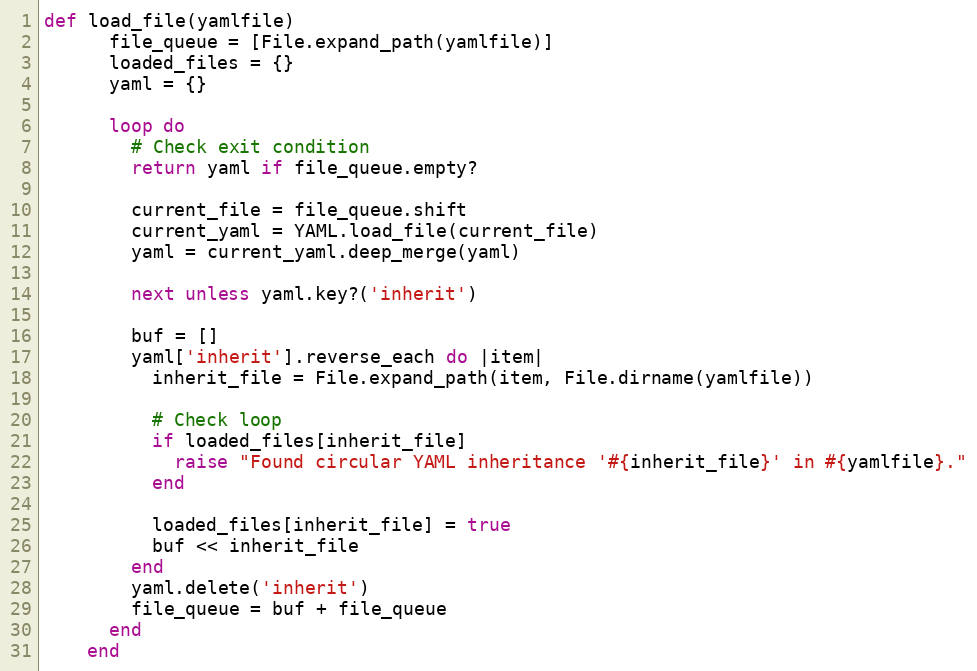
Language: Ruby
def load_file(yamlfile)
      file_queue = [File.expand_path(yamlfile)]
      loaded_files = {}
      yaml = {}

      loop do
        # Check exit condition
        return yaml if file_queue.empty?

        current_file = file_queue.shift
        current_yaml = YAML.load_file(current_file)
        yaml = current_yaml.deep_merge(yaml)

        next unless yaml.key?('inherit')

        buf = []
        yaml['inherit'].reverse_each do |item|
          inherit_file = File.expand_path(item, File.dirname(yamlfile))

          # Check loop
          if loaded_files[inherit_file]
            raise "Found circular YAML inheritance '#{inherit_file}' in #{yamlfile}."
          end

          loaded_files[inherit_file] = true
          buf << inherit_file
        end
        yaml.delete('inherit')
        file_queue = buf + file_queue
      end
    end